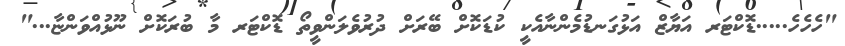
"ހެހެހެ.....ޑޮކްޓަރ އަޔާޒް އަޅުގަނޑުމެންނާއެކީ ކުޑަކޮށް ބޭރަށް ދުރުވެލަންވީތޯ ޑޮކްޓަރ މާ ބުރަކޮށް ނޫޅުއްވަންޏާ..."